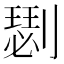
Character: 𠟦